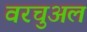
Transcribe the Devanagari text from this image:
वरचुअल